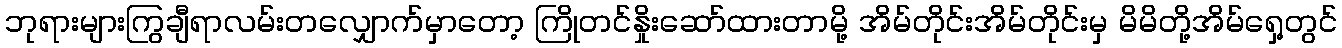
ဘုရားများကြွချီရာလမ်းတလျှောက်မှာတော့ ကြိုတင်နှိုးဆော်ထားတာမို့ အိမ်တိုင်းအိမ်တိုင်းမှ မိမိတို့အိမ်ရှေ့တွင်